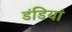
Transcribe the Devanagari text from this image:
डंडियां